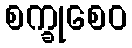
စက္ခုစေဝ